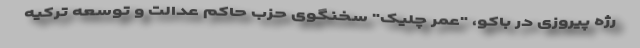
رژه پیروزی در باکو، "عمر چلیک" سخنگوی حزب حاکم عدالت و توسعه ترکیه